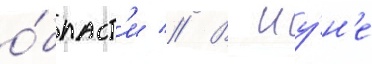
о́бласт'и // В иу́н'е